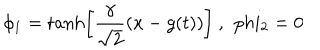
\phi _ { 1 } = \tanh \left[ { \frac { \gamma } { \sqrt { 2 } } } ( x - g ( t ) ) \right] \ , \ \, p h i _ { 2 } = 0